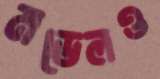
মডেলও